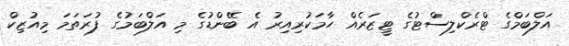
އަލްބަމްގެ ޓްރެކްލިސްޓުގެ ޓީޒަރެއް ހާމަކުރިއިރު އެ ބޭންޑުގެ މި އަލްބަމުގެ ފުރަތަމަ މިއުޒިކް